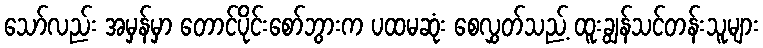
သော်လည်း အမှန်မှာ တောင်ပိုင်းစော်ဘွားက ပထမဆုံး စေလွှတ်သည့် ထူးချွန်သင်တန်းသူများ